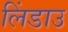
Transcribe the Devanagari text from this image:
लिंडाउ